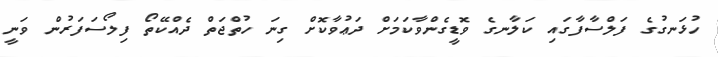
ހުޅަނގުގެ ފަލްސާފާގައި ކަލާނގެ ވޮޑީގެންވާކަމަށް ދަޢުވާކޮށް ގިނަ ހުތްޖަތް ދެއްކޭތޯ ފިލޯސަފަރުން ވަނީ